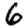
Digit: 6